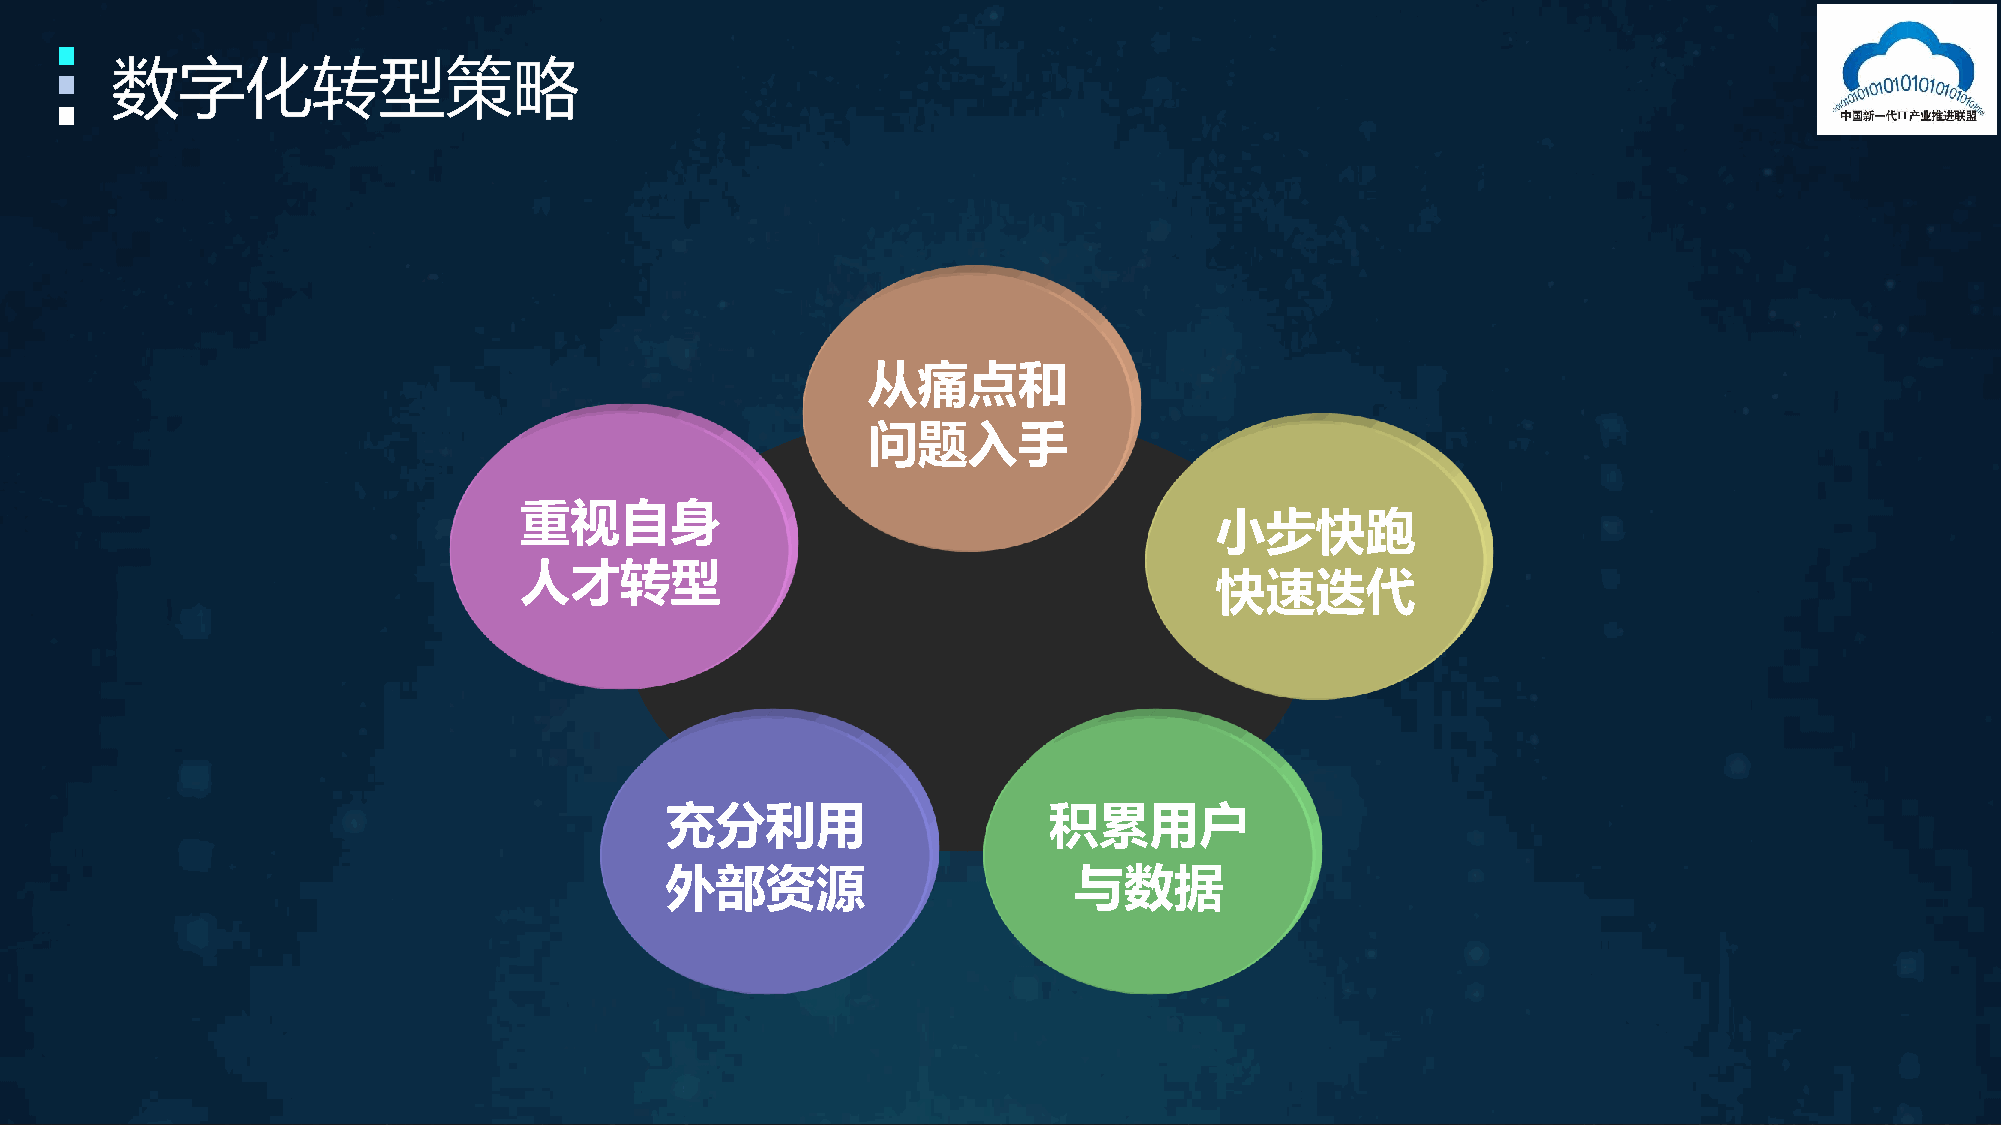
从痛点和
 问题入手
 重视自身
 小步快跑
 人才转型
 快速迭代
 充分利用                     积累用户
 外部资源                       与数据